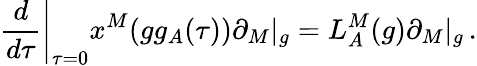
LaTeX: \left.\frac{d}{d\tau}\right|_{\tau=0}x^{M}(gg_{A}(\tau))\partial_{M}|_{g}=L_{A}^{M}(g)\partial_{M}|_{g}\, .